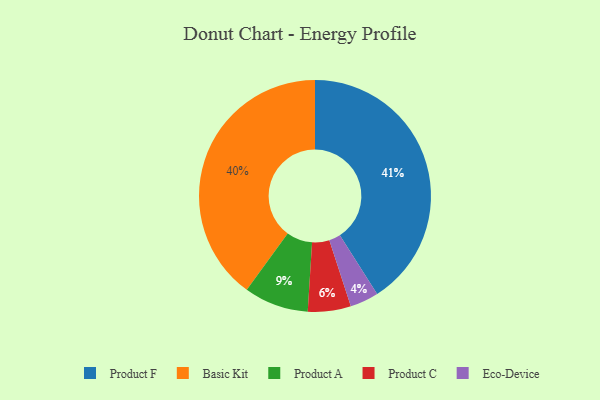
{"axis": {"x": "Category", "y": "Percentage"}, "legend": ["Basic Kit", "Eco-Device", "Product A", "Product C", "Product F"], "data": [{"x": "Product F", "y": 41, "type": "Product F"}, {"x": "Basic Kit", "y": 40, "type": "Basic Kit"}, {"x": "Eco-Device", "y": 4, "type": "Eco-Device"}, {"x": "Product C", "y": 6, "type": "Product C"}, {"x": "Product A", "y": 9, "type": "Product A"}]}